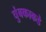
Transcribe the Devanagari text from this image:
चुंबकाकडे